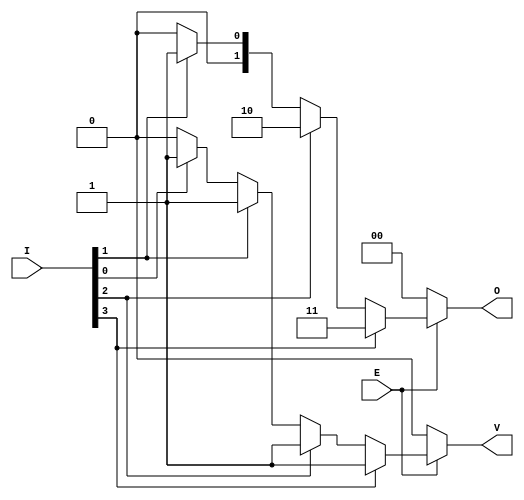
module dual_priority_encoder (
    input wire [n-1:0] I,  // n inputs
    input wire E,          // Enable signal
    output reg [1:0] O,    // 2-bit binary output
    output reg V           // Valid signal
);
    parameter n = 4; // Number of inputs, can be changed as needed

    always @(*) begin
        if (!E) begin
            // If Enable is low, set outputs to inactive state
            O = 2'b00;
            V = 1'b0;
        end else begin
            // Default output
            O = 2'b00;
            V = 1'b0;

            // Check inputs from highest priority to lowest
            if (I[n-1]) begin
                O = 2'b11; // I3 is active
                V = 1'b1;
            end else if (I[n-2]) begin
                O = 2'b10; // I2 is active
                V = 1'b1;
            end else if (I[n-3]) begin
                O = 2'b01; // I1 is active
                V = 1'b1;
            end else if (I[0]) begin
                O = 2'b00; // I0 is active
                V = 1'b1;
            end
        end
    end
endmodule